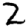
Digit: 2